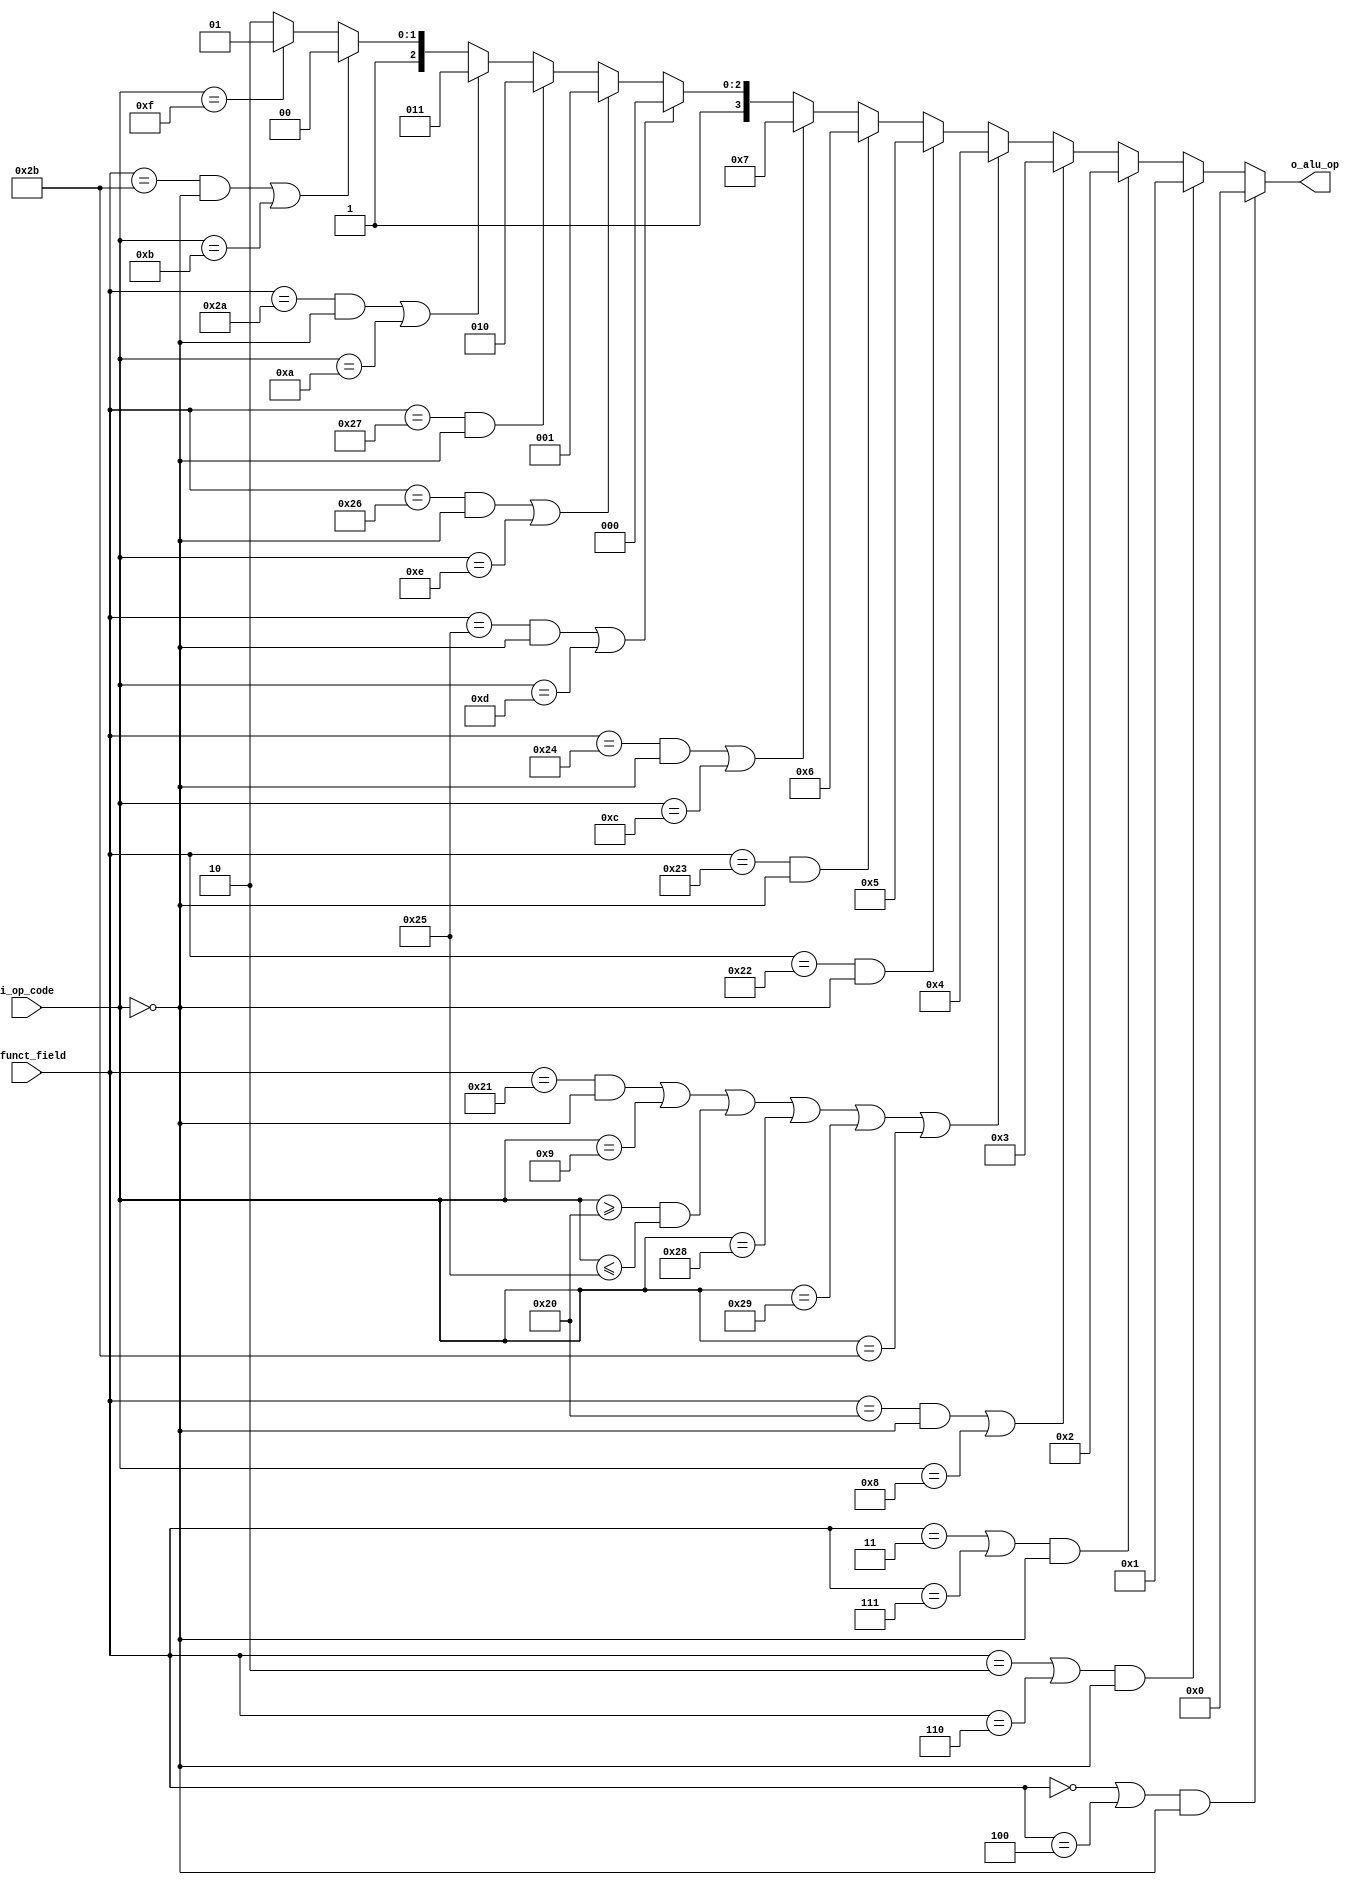
/////////////////////////////////////////////////////////////////////
//
//
//
//
//
/////////////////////////////////////////////////////////////////////






module alu_cr (
    i_op_code,
    i_funct_field,
    o_alu_op
);


input [5:0] i_op_code;
input [5:0] i_funct_field;
output [3:0] o_alu_op;
reg [3:0] o_alu_op;




always @(i_op_code, i_funct_field) begin: ALU_CR_LOGIC
    if ((((i_funct_field == 0) | (i_funct_field == 4)) & (i_op_code == 0))) begin
        o_alu_op = 0;
    end
    else if ((((i_funct_field == 2) | (i_funct_field == 6)) & (i_op_code == 0))) begin
        o_alu_op = 1;
    end
    else if ((((i_funct_field == 3) | (i_funct_field == 7)) & (i_op_code == 0))) begin
        o_alu_op = 2;
    end
    else if ((((i_funct_field == 32) & (i_op_code == 0)) | (i_op_code == 8))) begin
        o_alu_op = 3;
    end
    else if ((((((((i_funct_field == 33) & (i_op_code == 0)) | (i_op_code == 9)) | ((i_op_code >= 32) & (i_op_code <= 37))) | (i_op_code == 40)) | (i_op_code == 41)) | (i_op_code == 43))) begin
        o_alu_op = 4;
    end
    else if (((i_funct_field == 34) & (i_op_code == 0))) begin
        o_alu_op = 5;
    end
    else if (((i_funct_field == 35) & (i_op_code == 0))) begin
        o_alu_op = 6;
    end
    else if ((((i_funct_field == 36) & (i_op_code == 0)) | (i_op_code == 12))) begin
        o_alu_op = 7;
    end
    else if ((((i_funct_field == 37) & (i_op_code == 0)) | (i_op_code == 13))) begin
        o_alu_op = 8;
    end
    else if ((((i_funct_field == 38) & (i_op_code == 0)) | (i_op_code == 14))) begin
        o_alu_op = 9;
    end
    else if (((i_funct_field == 39) & (i_op_code == 0))) begin
        o_alu_op = 10;
    end
    else if ((((i_funct_field == 42) & (i_op_code == 0)) | (i_op_code == 10))) begin
        o_alu_op = 11;
    end
    else if ((((i_funct_field == 43) & (i_op_code == 0)) | (i_op_code == 11))) begin
        o_alu_op = 12;
    end
    else if ((i_op_code == 15)) begin
        o_alu_op = 13;
    end
    else begin
        o_alu_op = 14;
    end
end

endmodule